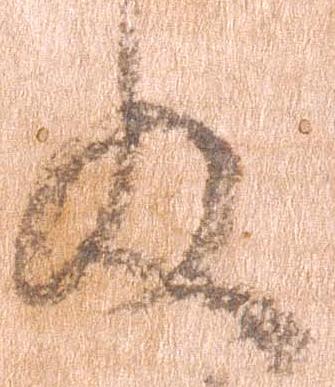
殿